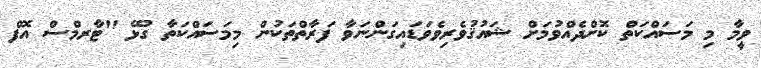
ވީމާ މި މަސައްކަތް ކޮށްދެއްވުމަށް ޝައުޤުވެރިވެވަޑައިގަންނަވާ ފަރާތްތަކުން މިމަސައްކަތާ ގުޅޭ "ޓާރމްސް އޮފް